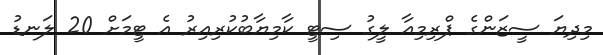
މިދިޔަ ސީޒަންގެ ޕްރިމިއާ ލީގު ސިޓީ ކާމިޔާބުކުރިއިރު އެ ޓީމަށް 20 ލަނޑު